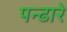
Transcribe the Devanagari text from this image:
पन्ढारे